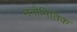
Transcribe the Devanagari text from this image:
मनोमितिक